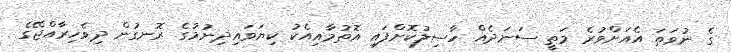
ގެ ނުވަތަ އެއަށްވުރެ މަތީ ސަނަދެއް ހާސިލުކޮށްފައި އޮތުމާއިއެކު ކިޔަވައިދިނުމުގެ ރޮނގުން ދިވެހިރާއްޖޭގެ